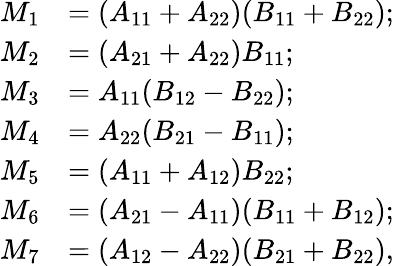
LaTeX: {\begin{array}{rl}{M_{1}}&{=(A_{11}+A_{22})(B_{11}+B_{22});}\\ {M_{2}}&{=(A_{21}+A_{22})B_{11};}\\ {M_{3}}&{=A_{11}(B_{12}-B_{22});}\\ {M_{4}}&{=A_{22}(B_{21}-B_{11});}\\ {M_{5}}&{=(A_{11}+A_{12})B_{22};}\\ {M_{6}}&{=(A_{21}-A_{11})(B_{11}+B_{12});}\\ {M_{7}}&{=(A_{12}-A_{22})(B_{21}+B_{22}),}\end{array}}